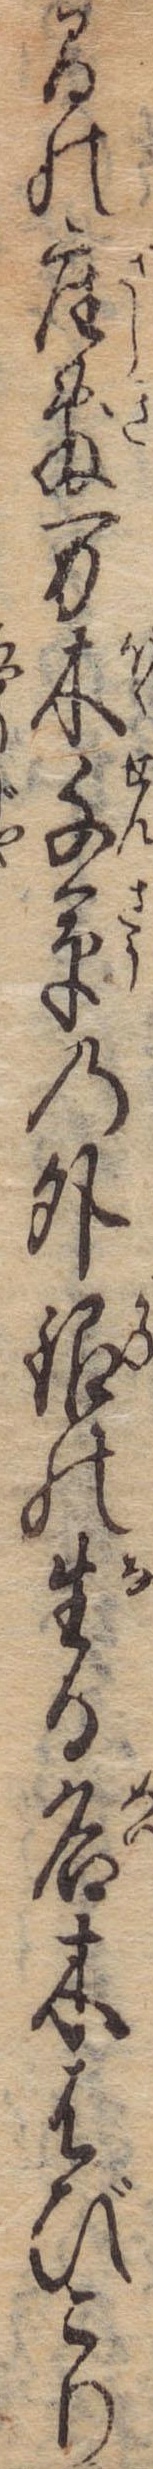
間の座敷万木千草の外銀の生る名木はびこり